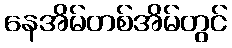
နေအိမ်တစ်အိမ်တွင်